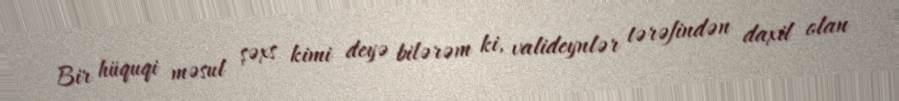
Bir hüquqi məsul şəxs kimi deyə bilərəm ki, valideynlər tərəfindən daxil olan